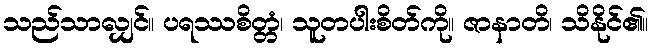
သည်သာလျှင်။ ပရဿစိတ္တံ၊ သူတပါးစိတ်ကို။ ဇာနာတိ၊ သိနိုင်၏။